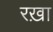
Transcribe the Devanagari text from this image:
रख़ा